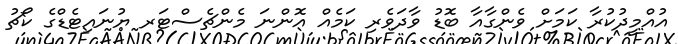
އުއްމީދުކުރާ ކަމަށް ވެންގާއާ ބޮޑު ވާދަވެރި ކަމެއް އޮންނަ މެންޗެސްޓަރ ޔުނައިޓެޑްގެ ކޯޗު